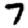
Digit: 7